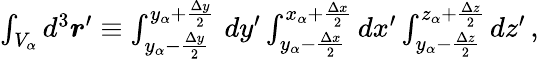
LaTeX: \begin{array}{r}{\int_{V_{\alpha}}d^{3}\boldsymbol{r}^{\prime}\equiv\int_{y_{\alpha}-\frac{\Delta y}{2}}^{{y_{\alpha}+\frac{\Delta y}{2}}}\, dy^{\prime}\int_{y_{\alpha}-\frac{\Delta x}{2}}^{{x_{\alpha}+\frac{\Delta x}{2}}}dx^{\prime}\int_{y_{\alpha}-\frac{\Delta z}{2}}^{{z_{\alpha}+\frac{\Delta z}{2}}}dz^{\prime}\, ,}\end{array}